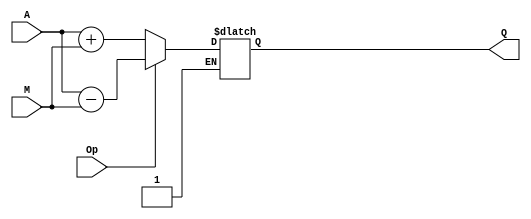
module sum(input wire [3:0] A, M, output reg [3:0] Q, input wire Op);

always @(A or M or Op)
if (Op)
	Q <= A-M;
else
	if(!Op)
		Q <= A+M;

endmodule